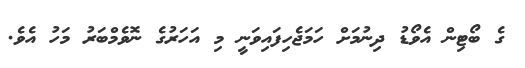
ގެ ބޯޓިން އެވޯޑު ދިނުމަށް ހަމަޖެހިފައިވަނީ މި އަހަރުގެ ނޮވެމްބަރު މަހު އެވެ.